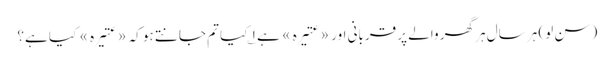
(سن لو) ہر سال ہر گھر والے پر قربانی اور «عتیرہ» ہے ۱؎ کیا تم جانتے ہو کہ «عتیرہ» کیا ہے؟